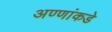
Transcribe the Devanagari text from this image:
अण्णांकडे